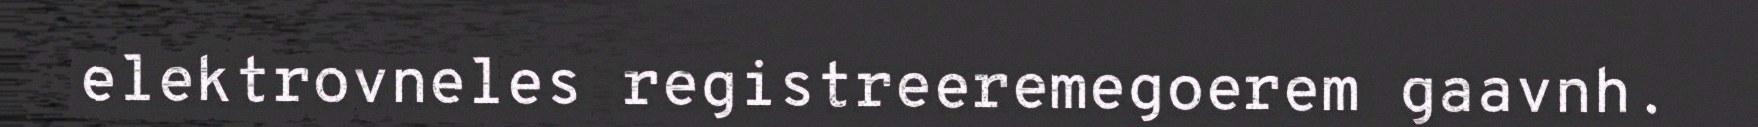
elektrovneles registreeremegoerem gaavnh.